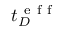
t _ { D } ^ { \mathrm { ~ e ~ f ~ f ~ } }